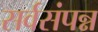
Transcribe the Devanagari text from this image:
सर्वसंपन्न